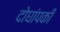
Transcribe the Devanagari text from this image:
दोघांपकी